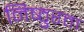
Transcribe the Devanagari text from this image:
निष्‍ठुरता